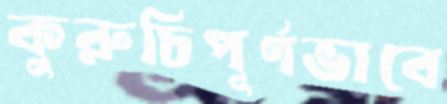
কুরুচিপূর্ণভাবে